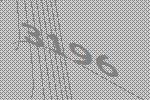
3196